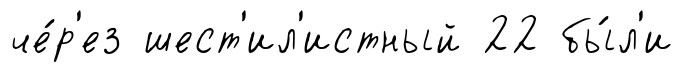
че́р'ез шест'ил'истный 22 бы́л'и